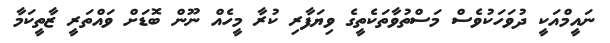
ނައީމްއަކީ ދުވަހަކުވެސް މަސްތުވާތަކެތީގެ ވިޔަފާރި ކުރާ މީހެއް ނޫން ބޮޑަށް ވައްތަރީ ޒާތީކަމާ